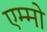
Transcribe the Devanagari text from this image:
एम्मो